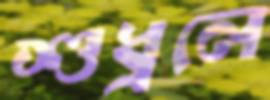
শুধ্‌রলে